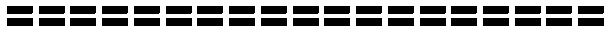
===================